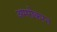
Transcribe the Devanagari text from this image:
अमरीकरन